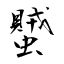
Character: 蠈